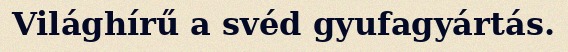
Világhírű a svéd gyufagyártás.